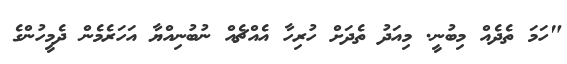
"ހަމަ ތެދެއް މިބުނީ. މިއަދު ތެދަށް ހުރިހާ އެއްޗެއް ނުބުނިއްޔާ އަހަރެމެން ދެމީހުންގެ